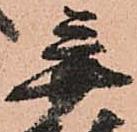
弃